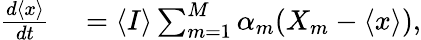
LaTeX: \begin{array}{rl}{\frac{d\langle x\rangle}{dt}}&{{}=\langle I\rangle\sum_{m=1}^{M}\alpha_{m}(X_{m}-\langle x\rangle),}\end{array}